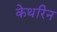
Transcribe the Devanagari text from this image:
केथरिन